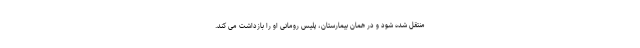
منتقل شده شود و در همان بیمارستان، پلیس رومانی او را بازداشت می کند.